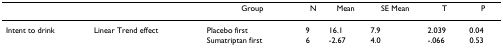
<table><thead><tr><td></td><td></td><td><b>Group</b></td><td><b>N</b></td><td><b>Mean</b></td><td><b>SE Mean</b></td><td><b>T</b></td><td><b>P</b></td></tr></thead><tbody><tr><td>Intent to drink</td><td>Linear Trend effect</td><td>Placebo first</td><td>9</td><td>16.1</td><td>7.9</td><td>2.039</td><td>0.04</td></tr><tr><td></td><td></td><td>Sumatriptan first</td><td>6</td><td>-2.67</td><td>4.0</td><td>-.066</td><td>0.53</td></tr></tbody></table>